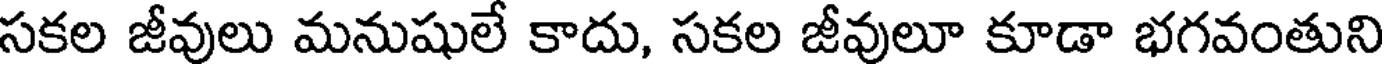
సకల జీవులు మనుషులే కాదు, సకల జీవులూ కూడా భగవంతుని